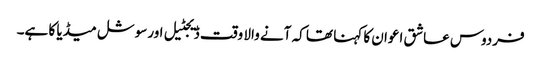
فردوس عاشق اعوان کا کہنا تھا کہ آنے والا وقت ڈیجٹیل اورسوشل میڈیا کا ہے۔